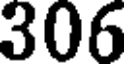
306